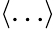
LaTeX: \left\langle{\dots}\right\rangle